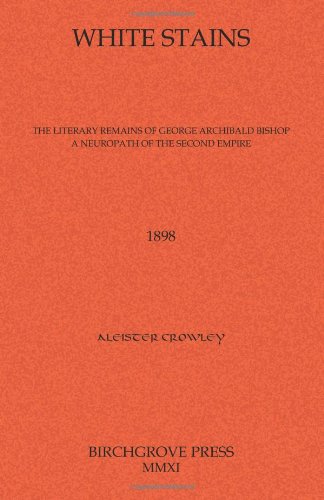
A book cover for White Stains The Literary Remains of George Archibald Bishop A Neuropath of the Second Empire; Aleister Crowley; Romance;